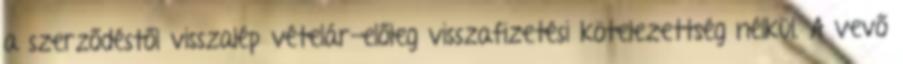
a szerződéstől visszalép vételár-előleg visszafizetési kötelezettség nélkül. A vevő